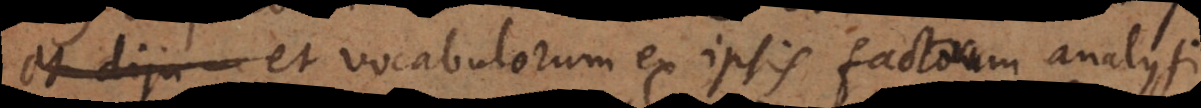
et diju et vocabulorum ex ipsis factorum analysi